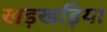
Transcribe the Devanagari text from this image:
खड़खड़िया